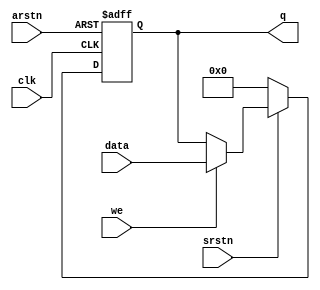


`timescale 1ns/1ps


module lab1v(clk, we, data, q, arstn, srstn);

input clk, we, arstn, srstn;
input [31:0] data;
output reg [31:0] q;

always @(posedge clk or negedge arstn) begin 
	if(!arstn) begin 
		q <= 32'h0;
	end else if(!srstn) begin 
		q <= 32'h0;
	end else if(we) begin
		q <= data;
	end else begin 
		q <= q;
	end 
end


endmodule 

/* This code was derived from the Lab_1 of Alexander Lavrusenko*/